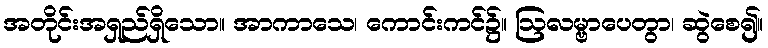
အတိုင်းအရှည်ရှိသော။ အာကာသေ၊ ကောင်းကင်၌။ ဩလမ္ဗာပေတွာ၊ ဆွဲစေ၍။